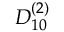
{ D } _ { 1 0 } ^ { ( 2 ) }